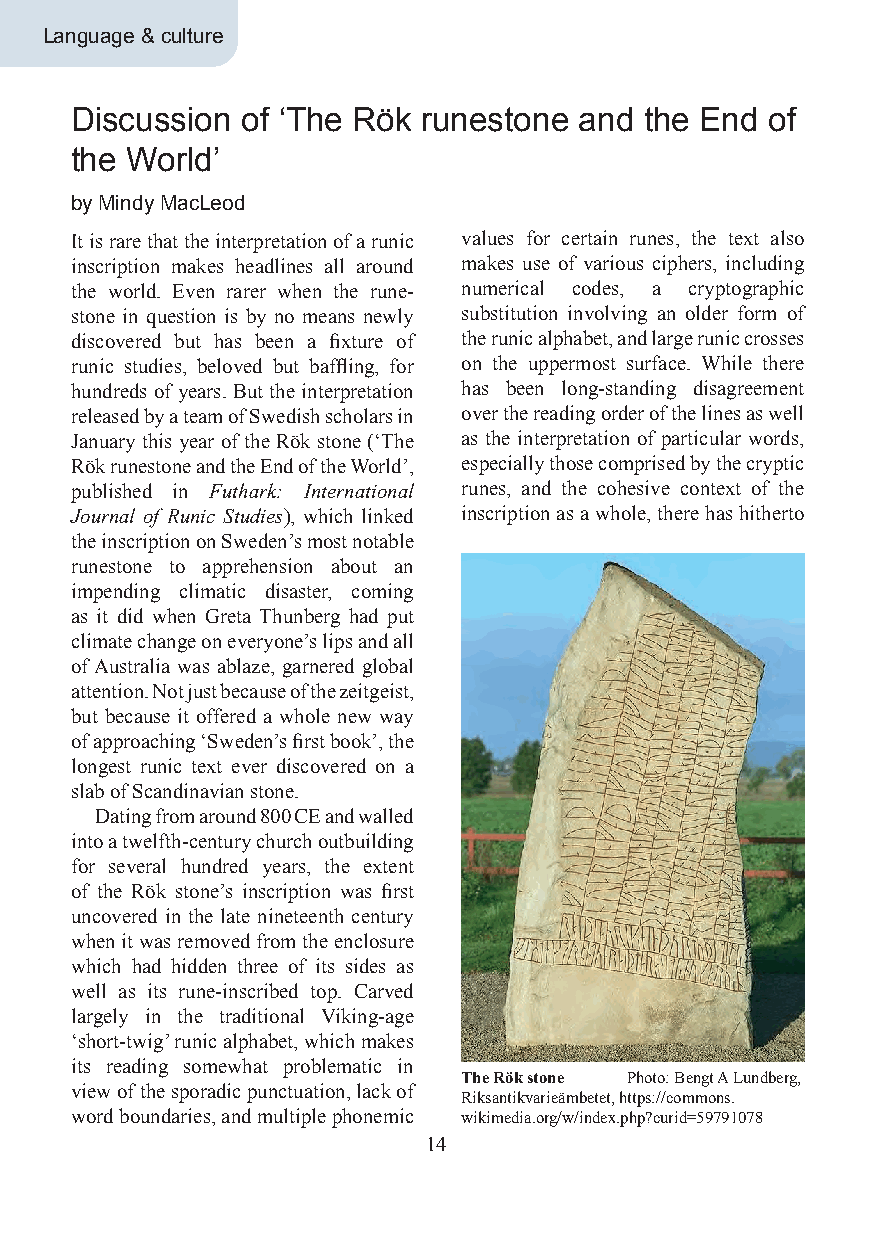
Language & culture
 Discussion of ‘The Rök runestone and  the End of
 the World’
 by Mindy MacLeod
 It is rare that the interpretation of a runic values for certain runes, the text also
 inscription makes headlines all around makes use of various ciphers, including
 the world. Even rarer when the rune- numerical codes, a cryptographic
 stone in question is by no means newly substitution involving an older form of
 discovered but has been a fixture of the runic alphabet, and large runic crosses
 runic studies, beloved but baffling, for on the uppermost surface. While there
 hundreds of years. But the interpretation has been long-standing disagreement
 released by a team of Swedish scholars in over the reading order of the lines as well
 January this year of the Rök stone (‘The as the interpretation of particular words,
 Rök runestone and the End of the World’, especially those comprised by the cryptic
 published in Futhark: International runes, and the cohesive context of the
 Journal of Runic Studies), which linked inscription as a whole, there has hitherto
 the inscription on Sweden’s most notable
 runestone to apprehension about an
 impending climatic disaster, coming
 as it did when Greta Thunberg had put
 climate change on everyone’s lips and all
 of Australia was ablaze, garnered global
 attention. Not just because of the zeitgeist,
 but because it offered a whole new way
 of approaching ‘Sweden’s first book’, the
 longest runic text ever discovered on a
 slab of Scandinavian stone.
 Dating from around 800 CE and walled
 into a twelfth-century church outbuilding
 for several hundred years, the extent
 of the Rök stone’s inscription was first
 uncovered in the late nineteenth century
 when it was removed from the enclosure
 which had hidden three of its sides as
 well as its rune-inscribed top. Carved
 largely in the traditional Viking-age
 ‘short-twig’ runic alphabet, which makes
 its reading somewhat problematic in
 The Rök stone Photo: Bengt A Lundberg,
 view of the sporadic punctuation, lack of
 Riksantikvarieämbetet, https://commons.
 word boundaries, and multiple phonemic wikimedia.org/w/index.php?curid=59791078
 14